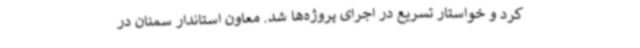
کرد و خواستار تسریع در اجرای پروژه‌ها شد. معاون استاندار سمنان در